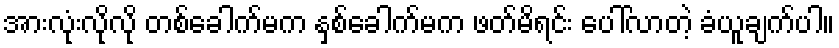
အားလုံးလိုလို တစ်ခေါက်မက နှစ်ခေါက်မက ဖတ်မိရင်း ပေါ်လာတဲ့ ခံယူချက်ပါ။